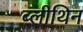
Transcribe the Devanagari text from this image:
ब्लीथिन